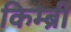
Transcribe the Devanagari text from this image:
किम्ब्री